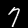
Label: 7